Lunatic asylums Madras 1877-1891 - 1877-1891
Year: 1877
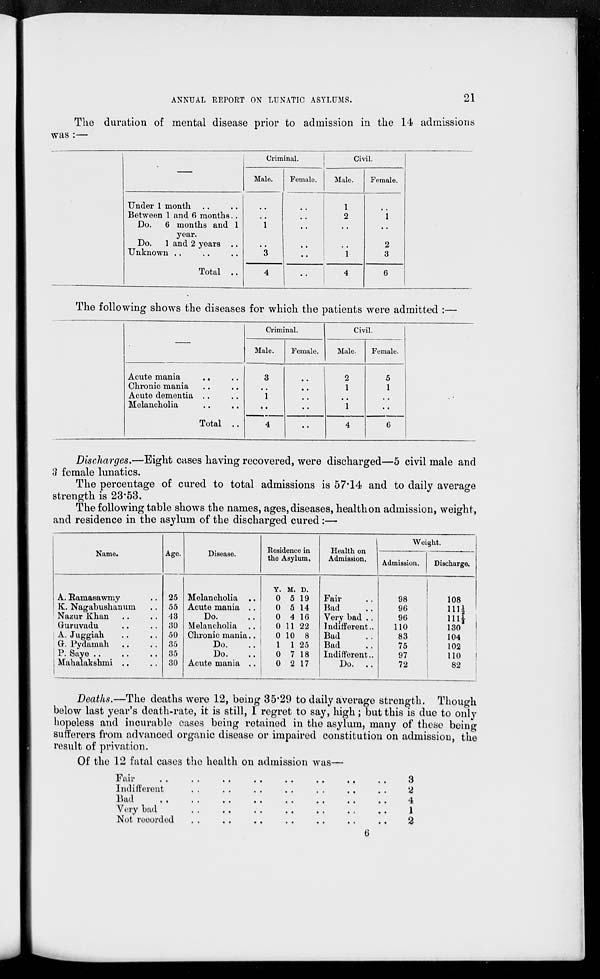
ANNUAL REPORT ON LUNATIC ASYLUMS.
21
The duration of mental disease prior to admission in the 14 admissions
was :—
—
Under 1 month .. ..
Between 1 and 6 months ..
Do.
6 months and 1
year.
Do.
1 and 2 years ..
Unknown .. .. ..
Total ..
Criminal.
Male.
..
..
1
..
3
4
Female.
..
. .
..
..
..
..
Civil.
Male.
1
2
..
..
1
4
Female.
..
1
..
2
3
6
The following shows the diseases for which the patients were admitted :—
Acute mania .. ..
Chronic mania.. ..
Acute dementia.. ..
Melancholia .. ..
Total
..
Criminal.
Male.
3
..
1
..
4
Female.
..
..
..
..
..
Civil.
Male.
2
1
..
1
4
Female.
5
1
..
..
6
Discharges.—Eight cases having recovered, were discharged—5 civil male and
3 female lunatics.
The percentage of cured to total admissions is 57.14 and to daily average
strength is 23.53.
The following table shows the names, ages, diseases, healthon admission, weight,
and residence in the asylum of the discharged cured:—
Name.
A. Ramasawmy ..
K. Nagabushanum ..
Nazur Khan .. ..
Guruvadu .. ..
A. Juggiah .. ..
G. Pydamah .. ..
P. Save
..
..
..
Mahalakshmi .. ..
Age.
25
55
43
30
50
35
35
30
Disease.
Melancholia ..
Acute mania ..
Do. ..
Melancholia ..
Chronic mania..
Do. ..
Do. ..
Acute mania ..
Residence in
the Asylum.
Y.
0
0
0
0
0
1
0
0
M.
5
5
4
11
10
1
7
2
D.
19
14
16
22
8
25
18
17
Health on
Admission.
Fair
Bad
Very bad ..
Indifferent..
Bad
Bad
Indifferent..
Do.
..
Weight.
Admission.
98
96
96
110
83
75
97
72
Discharge.
108
111 ½
111 ½
130
104
102
110
82
Deaths.—The deaths were 12, being 35.29 to daily average strength. Though
below last year's death-rate, it is still, I regret to say, high; but this is due to only
hopeless and incurable eases being retained in the asylum, many of these being
sufferers from advanced organic disease or impaired constitution on admission, the
result of privation.
Of the 12 fatal cases the health on admission was—
Fair .. .. .. .. .. .. .. ..
Indifferent.. .. .. .. .. .. .. ..
Bad .. .. .. .. .. .. .. ..
Very bad .. .. .. .. .. .. ..
Not recorded .. .. .. .. .. ..
3
2
4
1
2
6